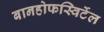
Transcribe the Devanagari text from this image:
बानहोफस्विर्टेल